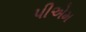
પીએમ